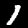
Digit: 1